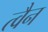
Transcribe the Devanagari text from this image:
त्वैन